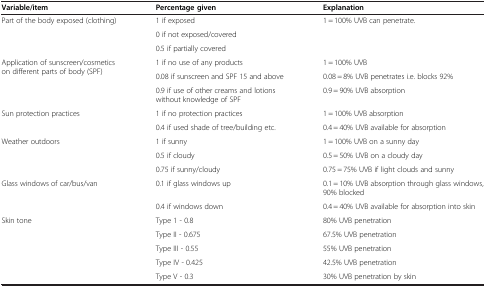
| Variable/item | Percentage given | Explanation |
 | --- | --- | --- |
 | Part of the body exposed (clothing) | 1 if exposed | 1 = 100% UVB can penetrate. |
 | <ROWSPAN=2>  | 0 if not exposed/covered | <ROWSPAN=2>  |
 | 0.5 if partially covered |
 | Application of sunscreen/cosmetics on different parts of body (SPF) | 1 if no use of any products | 1 = 100% UVB |
 | <ROWSPAN=2>  | 0.08 if sunscreen and SPF 15 and above | 0.08 = 8% UVB penetrates i.e. blocks 92% |
 | 0.9 if use of other creams and lotions without knowledge of SPF | 0.9 = 90% UVB absorption |
 | Sun protection practices | 1 if no protection practices | 1 = 100% UVB absorption |
 |  | 0.4 if used shade of tree/building etc. | 0.4 = 40% UVB available for absorption |
 | Weather outdoors | 1 if sunny | 1 = 100% UVB on a sunny day |
 | <ROWSPAN=2>  | 0.5 if cloudy | 0.5 = 50% UVB on a cloudy day |
 | 0.75 if sunny/cloudy | 0.75 = 75% UVB if light clouds and sunny |
 | Glass windows of car/bus/van | 0.1 if glass windows up | 0.1 = 10% UVB absorption through glass windows, 90% blocked |
 |  | 0.4 if windows down | 0.4 = 40% UVB available for absorption into skin |
 | Skin tone | Type 1 - 0.8 | 80% UVB penetration |
 | <ROWSPAN=3>  | Type II - 0.675 | 67.5% UVB penetration |
 | Type III - 0.55 | 55% UVB penetration |
 | Type IV - 0.425 | 42.5% UVB penetration |
 |  | Type V - 0.3 | 30% UVB penetration by skin |